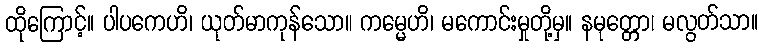
ထိုကြောင့်။ ပါပကေဟိ၊ ယုတ်မာကုန်သော။ ကမ္မေဟိ၊ မကောင်းမှုတို့မှ။ နမုတ္တော၊ မလွတ်သာ။